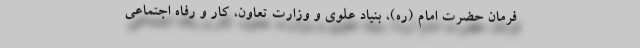
فرمان حضرت امام (ره)، بنیاد علوی و وزارت تعاون، کار و رفاه اجتماعی